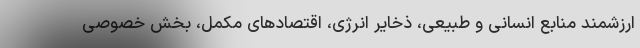
ارزشمندِ منابع انسانی و طبیعی، ذخایر انرژی، اقتصادهای مکمل، بخش خصوصی